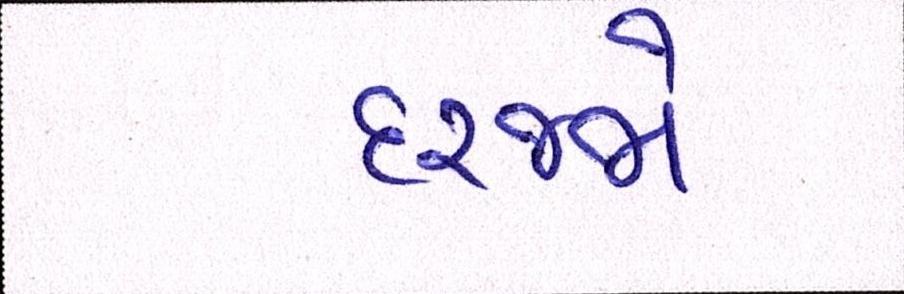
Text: દરજ્જો